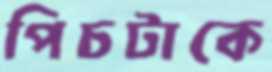
পিচটাকে